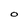
Character: O